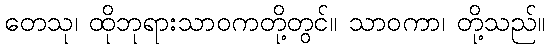
တေသု၊ ထိုဘုရားသာဝကတို့တွင်။ သာဝကာ၊ တို့သည်။